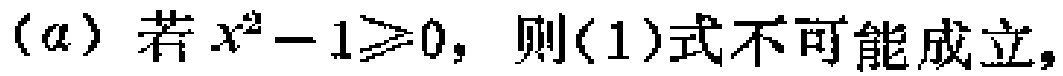
$(\alpha)$ 若 $x^{2}-1\geqslant0$，则(1)式不可能成立，